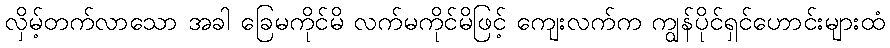
လှိမ့်တက်လာသော အခါ ခြေမကိုင်မိ လက်မကိုင်မိဖြင့် ကျေးလက်က ကျွန်ပိုင်ရှင်ဟောင်းများထံ